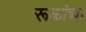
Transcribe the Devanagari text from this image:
रूळांचा